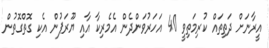
އީރާނަށް ދަތިތައް ކުރިމަތިވީ 40 އަހަރުވަންދެން އެމެރިކާ އާއި ޔޫރަޕުން އެކި ގޮތްގޮތުން